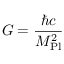
G = { \frac { \hbar c } { M _ { \mathrm { P l } } ^ { 2 } } }